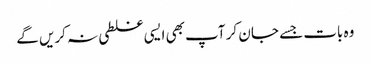
وہ بات جسے جا ن کر آپ بھی ایسی غلطی نہ کریں گے